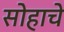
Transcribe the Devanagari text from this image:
सोहाचे